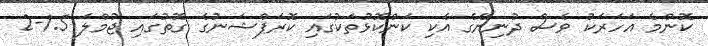
ކޮންމެ އަހަރަކު ވެސް ދުނިޔޭގެ އެކި ކަންކޮޅުތަކުގައި ކޮރަޕްޝަނުގެ ގޮތުގައި ޖުމްލަ 1.5-2